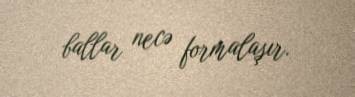
ballar necə formalaşır.